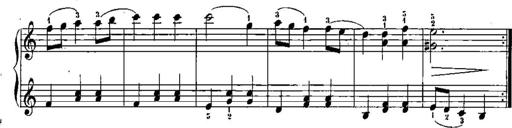
Title: Trois sonatines
Composer: Maurice Emmanuel